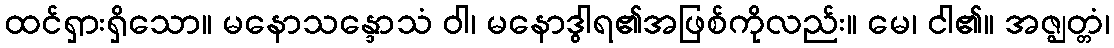
ထင်ရှားရှိသော။ မနောသန္ဒောသံ ဝါ၊ မနောဒွါရ၏အဖြစ်ကိုလည်း။ မေ၊ ငါ၏။ အဇ္ဈတ္တံ၊